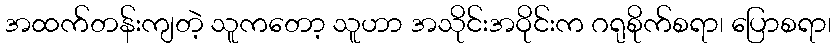
အထက်တန်းကျတဲ့ သူကတော့ သူဟာ အသိုင်းအဝိုင်းက ဂရုစိုက်စရာ၊ ပြောစရာ၊